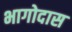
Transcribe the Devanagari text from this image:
भागोदास